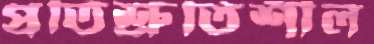
প্রতিশ্রুতিশীল